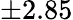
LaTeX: \pm 2.85